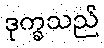
ဒုက္ခသည်